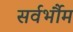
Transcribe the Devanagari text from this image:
सर्वर्भौम